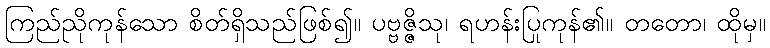
ကြည်ညိုကုန်သော စိတ်ရှိသည်ဖြစ်၍။ ပဗ္ဗဇ္ဇိသု၊ ရဟန်းပြုကုန်၏။ တတော၊ ထိုမှ။